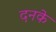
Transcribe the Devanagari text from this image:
दनके